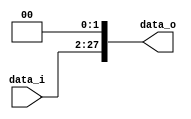
module shiftLeft_26_28(
  data_i,
  data_o
);

input   wire  [25:0]  data_i;
output  reg   [27:0]  data_o;

always @(*) begin
  data_o[27:0] = { data_i[25:0], {2'b00} };
end

endmodule